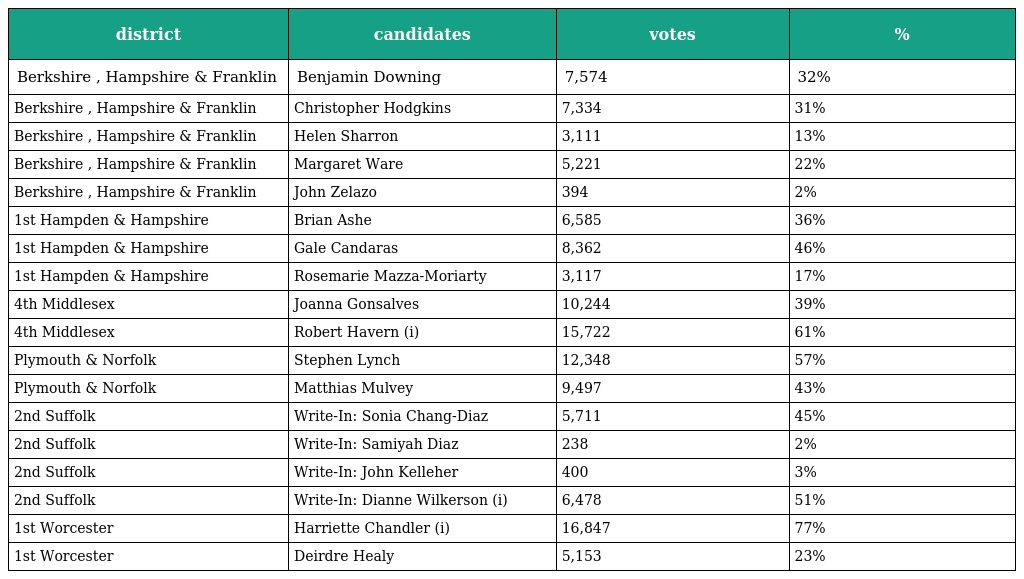
| district | candidates | votes | % |
 | --- | --- | --- | --- |
 | Berkshire , Hampshire & Franklin | Benjamin Downing | 7,574 | 32% |
 | Berkshire , Hampshire & Franklin | Christopher Hodgkins | 7,334 | 31% |
 | Berkshire , Hampshire & Franklin | Helen Sharron | 3,111 | 13% |
 | Berkshire , Hampshire & Franklin | Margaret Ware | 5,221 | 22% |
 | Berkshire , Hampshire & Franklin | John Zelazo | 394 | 2% |
 | 1st Hampden & Hampshire | Brian Ashe | 6,585 | 36% |
 | 1st Hampden & Hampshire | Gale Candaras | 8,362 | 46% |
 | 1st Hampden & Hampshire | Rosemarie Mazza-Moriarty | 3,117 | 17% |
 | 4th Middlesex | Joanna Gonsalves | 10,244 | 39% |
 | 4th Middlesex | Robert Havern (i) | 15,722 | 61% |
 | Plymouth & Norfolk | Stephen Lynch | 12,348 | 57% |
 | Plymouth & Norfolk | Matthias Mulvey | 9,497 | 43% |
 | 2nd Suffolk | Write-In: Sonia Chang-Diaz | 5,711 | 45% |
 | 2nd Suffolk | Write-In: Samiyah Diaz | 238 | 2% |
 | 2nd Suffolk | Write-In: John Kelleher | 400 | 3% |
 | 2nd Suffolk | Write-In: Dianne Wilkerson (i) | 6,478 | 51% |
 | 1st Worcester | Harriette Chandler (i) | 16,847 | 77% |
 | 1st Worcester | Deirdre Healy | 5,153 | 23% |